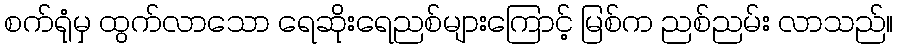
စက်ရုံမှ ထွက်လာသော ရေဆိုးရေညစ်များကြောင့် မြစ်က ညစ်ညမ်း လာသည်။